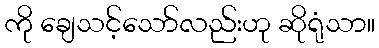
ကို ချေသင့်သော်လည်းဟု ဆိုရုံသာ။